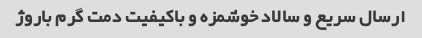
ارسال سریع و سالاد خوشمزه و باکیفیت دمت گرم باروژ